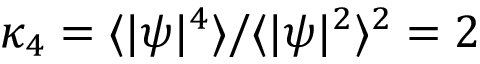
\kappa _ { 4 } = \langle | \psi | ^ { 4 } \rangle / \langle | \psi | ^ { 2 } \rangle ^ { 2 } = 2